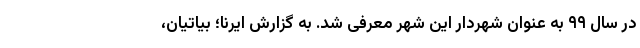
در سال ۹۹ به عنوان شهردار این شهر معرفی شد. به گزارش ایرنا؛ بیاتیان،